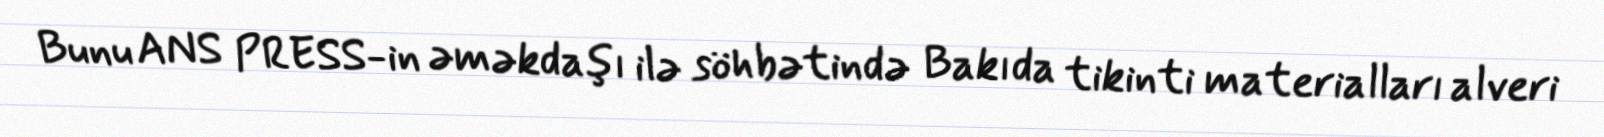
Bunu ANS PRESS-in əməkdaşı ilə söhbətində Bakıda tikinti materialları alveri